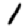
Digit: 1